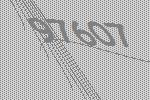
97607